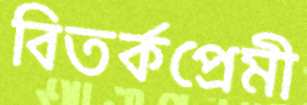
বিতর্কপ্রেমী